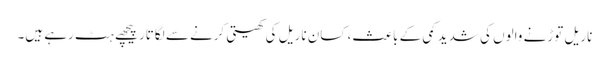
ناریل توڑنے والوں کی شدید کمی کے باعث، کسان ناریل کی کھیتی کرنے سے لگاتار پیچھے ہٹ رہے ہیں۔